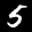
Label: 5